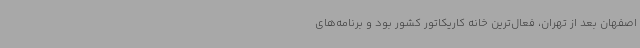
اصفهان بعد از تهران، فعال‌ترین خانه کاریکاتور کشور بود و برنامه‌های